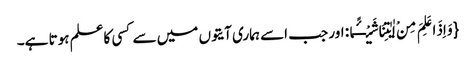
{وَ اِذَا عَلِمَ مِنْ اٰیٰتِنَا شَیْــٴًـا: اور جب اسے ہماری آیتوں میں سے کسی کاعلم ہوتا ہے۔